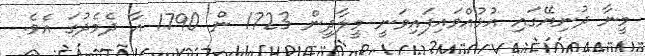
މީނާ ދުނިޔޭގައި އުޅުއްވައިފައިވަނީ މީލާދީން 1723 ން 1790 އާ ދެމެދުގަ އެވެ.